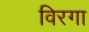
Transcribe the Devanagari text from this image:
विरगा